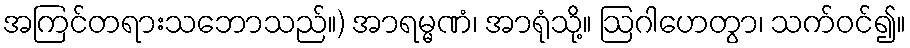
အကြင်တရားသဘောသည်။) အာရမ္မဏံ၊ အာရုံသို့။ ဩဂါဟေတွာ၊ သက်ဝင်၍။